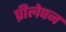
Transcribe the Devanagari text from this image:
प्रीलेपन